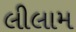
લીલામ